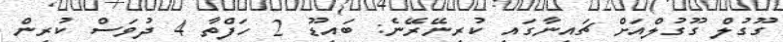
ގޫގުލް ގޫގުލްއަށް ޗައިނާގައި ކުރިނޭރޭނެ: ބައިޑޫ 2 ހަފްތާ 4 ދުވަސް ކުރިން